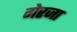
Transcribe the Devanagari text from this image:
गेरजा